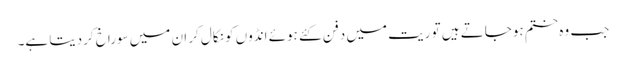
جب وہ ختم ہوجاتے ہیں تو ریت میں دفن کئے ہوئے انڈوں کو نکال کر ان میں سوراخ کردیتا ہے۔